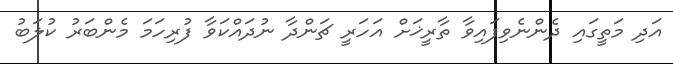
އަދި މަތީގައި ދެންނެވިފައިވާ ތާރީޚަށް އަހަރީ ޗަންދާ ނުދައްކަވާ ފުރިހަމަ މެންބަރު ކުލަބު